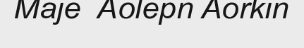
Maje  Aolepn Aorkin